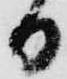
日